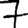
Digit: 7